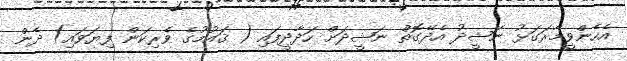
އެހެންވީމާރަގަޅު ނަޝީދު އެދޭގޮތް ނަޝީދަށް ހަދާދީފައި ( ޤައުމުގެ ވެރިކަން ފިޔަވައި) ދެން